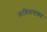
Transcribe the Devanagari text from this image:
कविमनावर